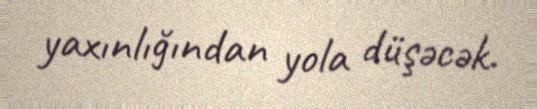
yaxınlığından yola düşəcək.